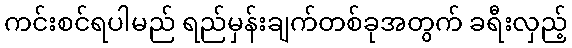
ကင်းစင်ရပါမည် ရည်မှန်းချက်တစ်ခုအတွက် ခရီးလှည့်